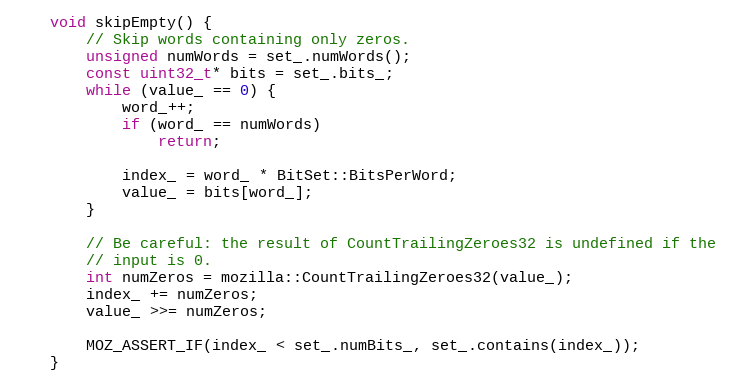
Language: C
    void skipEmpty() {
        // Skip words containing only zeros.
        unsigned numWords = set_.numWords();
        const uint32_t* bits = set_.bits_;
        while (value_ == 0) {
            word_++;
            if (word_ == numWords)
                return;

            index_ = word_ * BitSet::BitsPerWord;
            value_ = bits[word_];
        }

        // Be careful: the result of CountTrailingZeroes32 is undefined if the
        // input is 0.
        int numZeros = mozilla::CountTrailingZeroes32(value_);
        index_ += numZeros;
        value_ >>= numZeros;

        MOZ_ASSERT_IF(index_ < set_.numBits_, set_.contains(index_));
    }